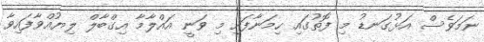
ނަމަވެސް އަޅުގަނޑު މި ފޮތުގައި ހިމަނާފައި މި ވަނީ އައްލާމާ އިގްބާލް ލިޔުއްވާފައިވާ